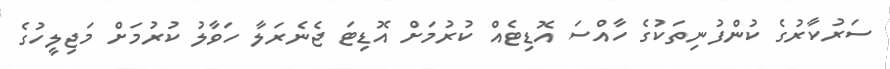
ސަރުކާރުގެ ކުންފުނިތަކުގެ ހާއްސަ އޮޑިޓެއް ކުރުމަށް އޮޑިޓަ ޖެނެރަލާ ހަވާލު ކުރުމަށް މަޖިލީހުގެ